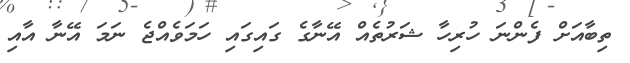
ތިބާއަށް ފެންނަ ހުރިހާ ޝަރުތެއް އޭނާގެ ގައިގައި ހަމަވެއްޖެ ނަމަ އޭނާ އާއި